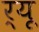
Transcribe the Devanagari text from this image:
र्यू